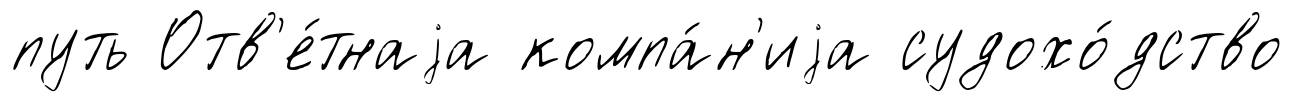
путь Отв'е́тнаjа компа́н'иjа судохо́дство